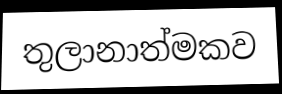
තුලානාත්මකව